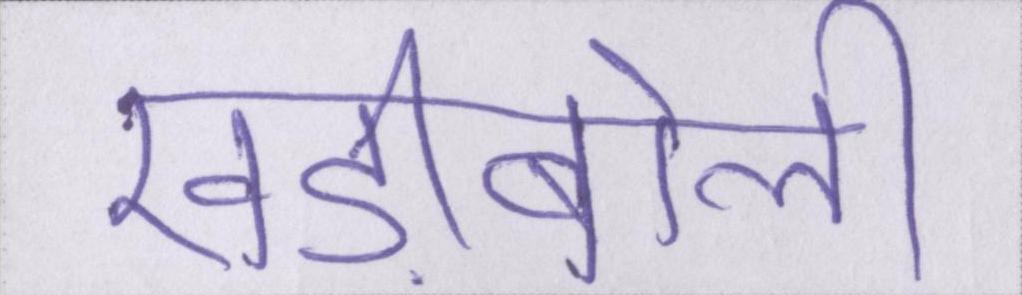
खड़ीबोली